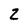
Character: 2